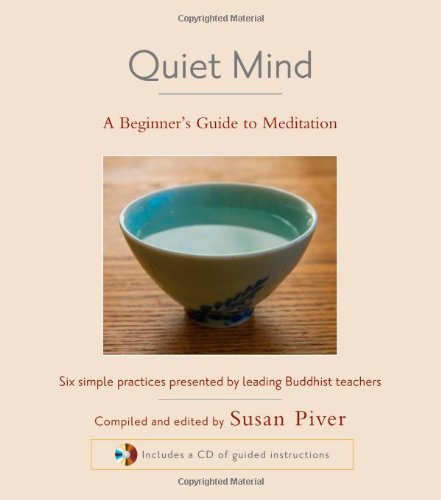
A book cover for Quiet Mind: A Beginner's Guide to Meditation; Sharon Salzberg; Religion & Spirituality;